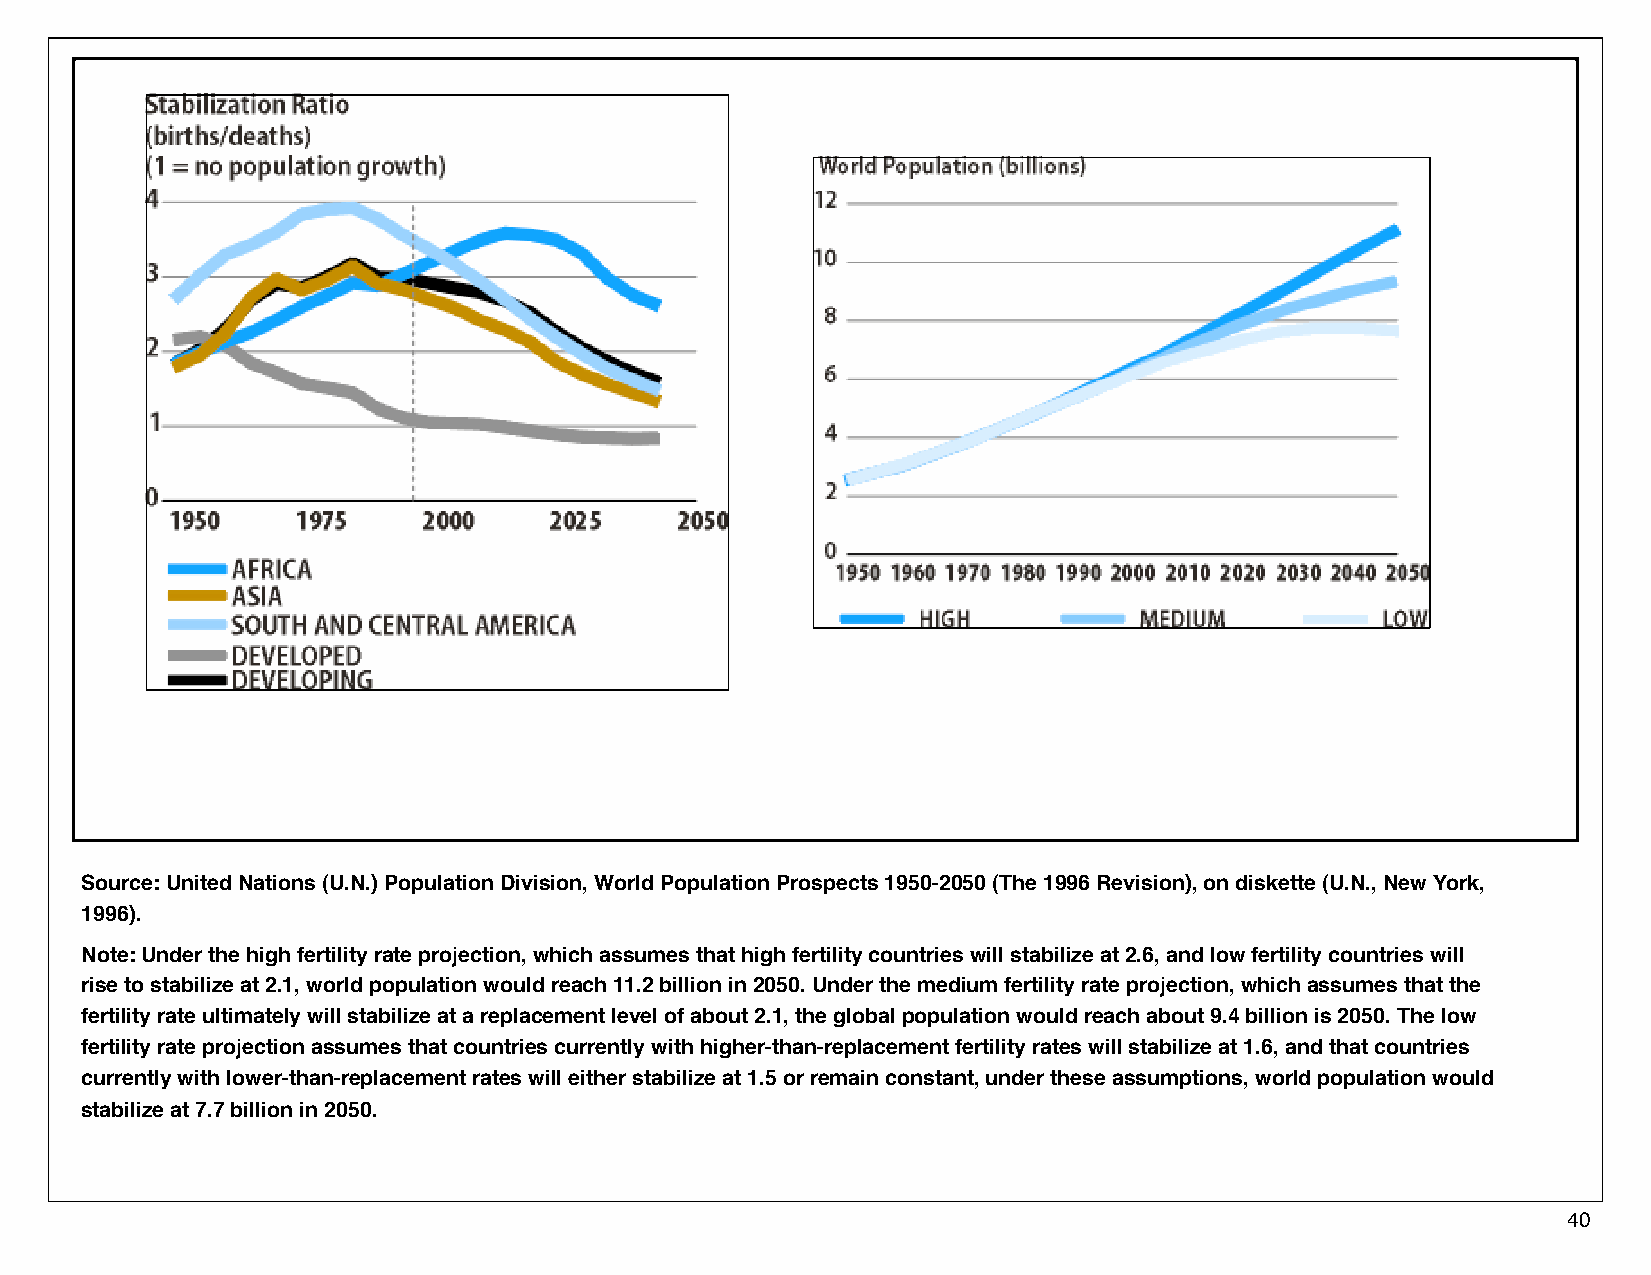
Source: United Nations (U.N.) Population Division, World Population Prospects 1950-2050 (The 1996 Revision), on diskette (U.N., New York,
 1996).
 Note: Under the high fertility rate projection, which assumes that high fertility countries will stabilize at 2.6, and low fertility countries will
 rise to stabilize at 2.1, world population would reach 11.2 billion in 2050. Under the medium fertility rate projection, which assumes that the
 fertility rate ultimately will stabilize at a replacement level of about 2.1, the global population would reach about 9.4 billion is 2050. The low
 fertility rate projection assumes that countries currently with higher-than-replacement fertility rates will stabilize at 1.6, and that countries
 currently with lower-than-replacement rates will either stabilize at 1.5 or remain constant, under these assumptions, world population would
 stabilize at 7.7 billion in 2050.
 40